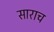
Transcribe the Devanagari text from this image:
साराच